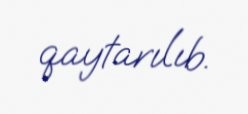
qaytarılıb.